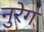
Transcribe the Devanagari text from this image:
नुरेग